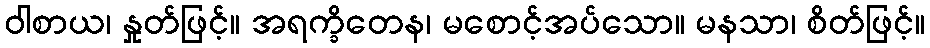
ဝါစာယ၊ နှုတ်ဖြင့်။ အရက္ခိတေန၊ မစောင့်အပ်သော။ မနသာ၊ စိတ်ဖြင့်။